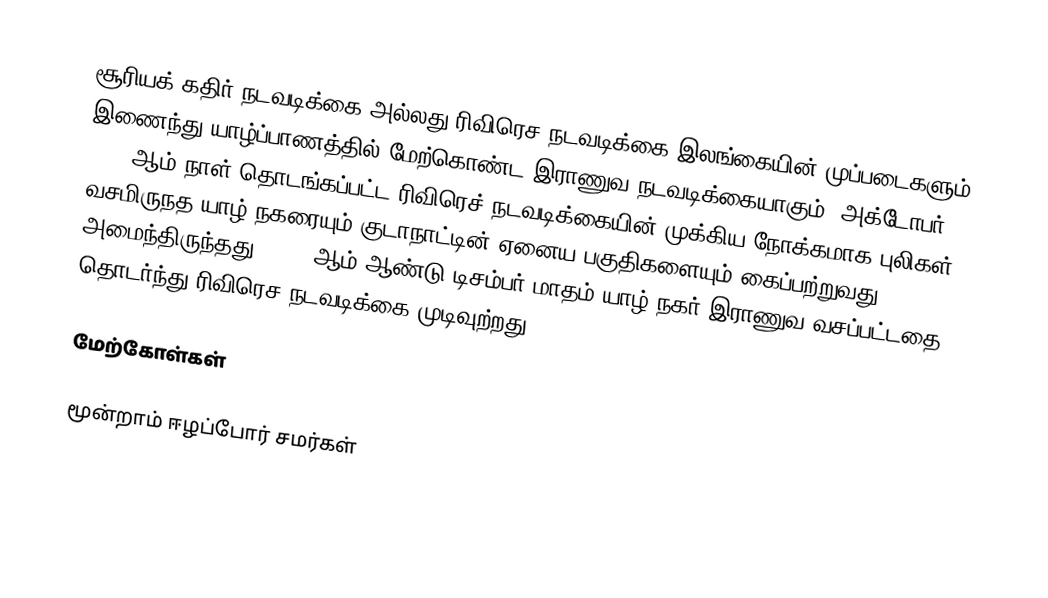
சூரியக் கதிர் நடவடிக்கை அல்லது ரிவிரெச நடவடிக்கை இலங்கையின் முப்படைகளும் இணைந்து யாழ்ப்பாணத்தில் மேற்கொண்ட இராணுவ நடவடிக்கையாகும். அக்டோபர் 17 1995 ஆம் நாள் தொடங்கப்பட்ட ரிவிரெச் நடவடிக்கையின் முக்கிய நோக்கமாக புலிகள் வசமிருநத யாழ் நகரையும் குடாநாட்டின் ஏனைய பகுதிகளையும் கைப்பற்றுவது அமைந்திருந்தது. 1995 ஆம் ஆண்டு டிசம்பர் மாதம் யாழ் நகர் இராணுவ வசப்பட்டதை தொடர்ந்து ரிவிரெச நடவடிக்கை முடிவுற்றது.

மேற்கோள்கள்

மூன்றாம் ஈழப்போர் சமர்கள்